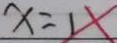
x = 1